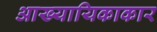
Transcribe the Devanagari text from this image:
आख्यायिकाकार